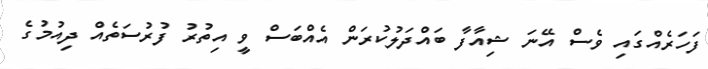
ފަހަރެއްގައި ވެސް އޭނަ ޝިއާފާ ބައްދަލުކުރަން އެއްބަސް ވީ އިތުރު ފުރުސަތެއް ދިއުމުގެ